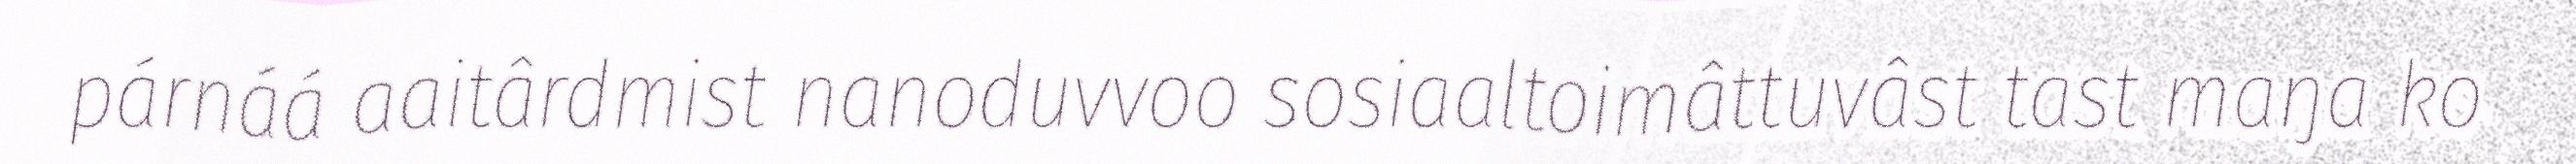
párnáá aaitârdmist nanoduvvoo sosiaaltoimâttuvâst tast maŋa ko